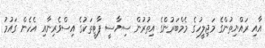
އާއި ރައްޔިތުންގެ މަޖިލީހުގެ މެމްބަރުންގެ އިތުރުން ސިޔާސީ ޕާޓީތަކުގެ އިސްވެރިނާއި އެހެން ގައުމު